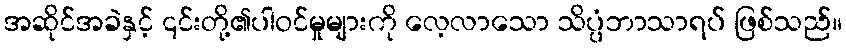
အဆိုင်အခဲနှင့် ၎င်းတို့၏ပါဝင်မှုများကို လေ့လာသော သိပ္ပံဘာသာရပ် ဖြစ်သည်။